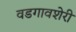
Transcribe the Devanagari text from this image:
वडगावशेरी